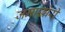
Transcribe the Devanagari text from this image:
जमाख़ोरी